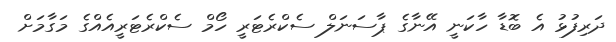
ދަރިފުޅު އެ ބޮޑާ ހާކަނީ އޭނާގެ ޕާސަނަލް ސެކްރެޓަރީ ހޯމް ސެކްރެޓަރީއެއްގެ މަގާމަށް